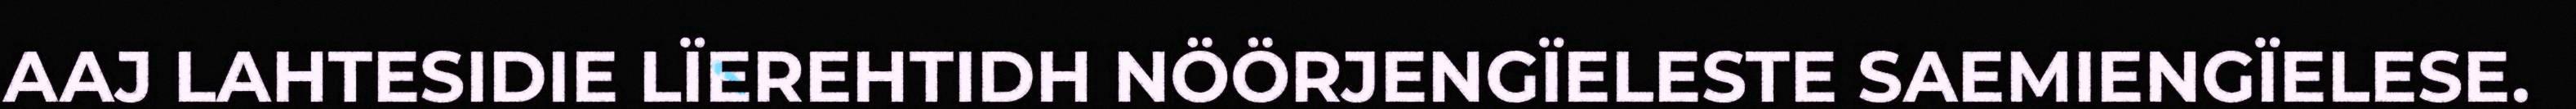
AAJ LAHTESIDIE LÏEREHTIDH NÖÖRJENGÏELESTE SAEMIENGÏELESE.